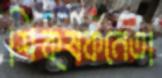
শিক্ষকনেতা